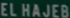
ELHAJEB